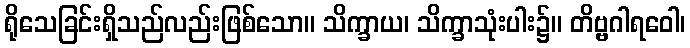
ရိုသေခြင်းရှိသည်လည်းဖြစ်သော။ သိက္ခာယ၊ သိက္ခာသုံးပါး၌။ တိဗ္ဗဂါရဝေါ၊